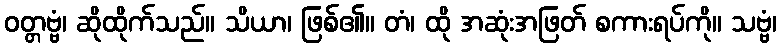
ဝတ္တဗ္ဗံ၊ ဆိုထိုက်သည်။ သိယာ၊ ဖြစ်၏။ တံ၊ ထို အဆုံးအဖြတ် စကားရပ်ကို။ သဗ္ဗံ၊